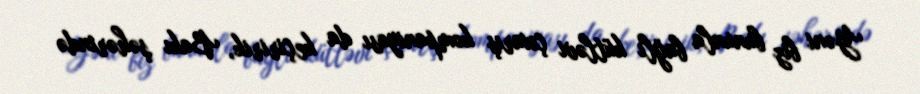
Yəni biz bununla bağlı kütləvi çıxarış kompaniyası da keçiririk, Bakı şəhərində